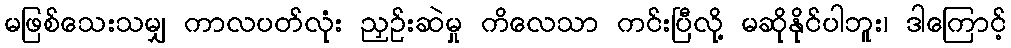
မဖြစ်သေးသမျှ ကာလပတ်လုံး ညှဉ်းဆဲမှု ကိလေသာ ကင်းပြီလို့ မဆိုနိုင်ပါဘူး၊ ဒါကြောင့်